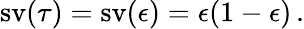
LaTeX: \operatorname{sv}(\tau)=\operatorname{sv}(\epsilon)=\epsilon(1-\epsilon)\, .